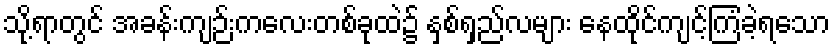
သို့ရာတွင် အခန်းကျဉ်းကလေးတစ်ခုထဲ၌ နှစ်ရှည်လများ နေထိုင်ကျင့်ကြံခဲ့ရသော